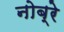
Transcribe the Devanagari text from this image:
नोब्रे